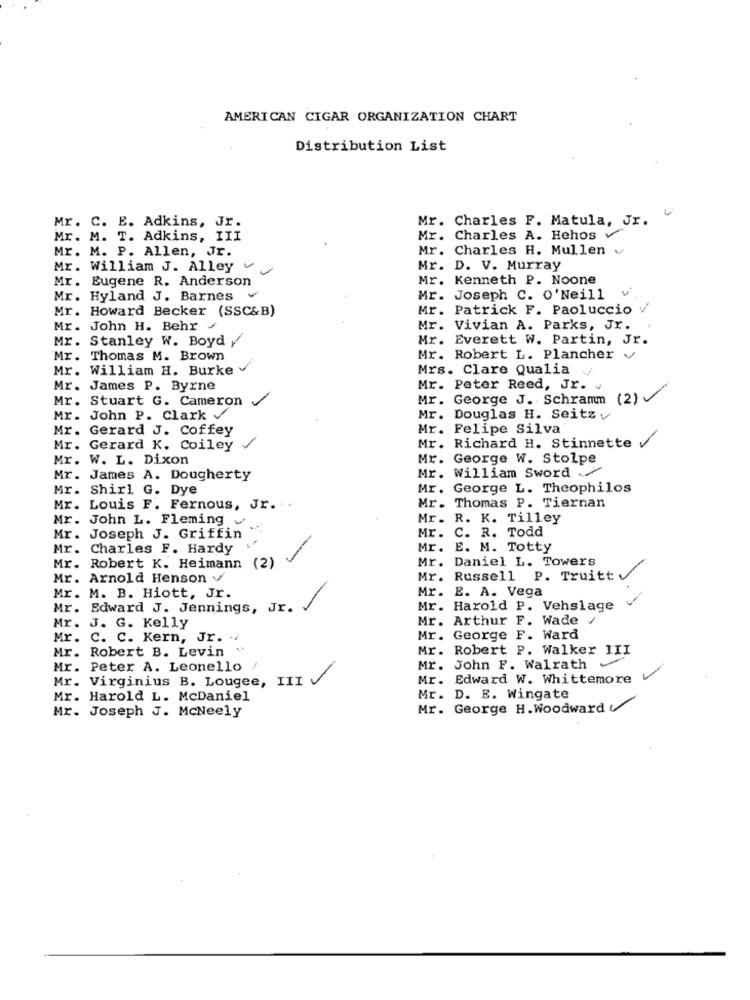
AMERICAN CIGAR ORGANIZATION CHART
Distribution List
Mr. Charles F. Matula, Jr.
Mr. C. E. Adkins, Jr.
Mr. M. T. Adkins, III
Mr. Charles A. Hehos
Mr. M. P. Allen, Jr.
Mr. Charles H. Mullen v
Mr. William J. Alley
Mr. D. V. Murray
Mr. Eugene R. Anderson
Mr. Kenneth P. Noone
Mr. Hyland J. Barnes
Mr. Joseph C. O'Neill
Mr. Howard Becker (SSC&B)
Mr. Patrick F. Paoluccio
Mr. John H. Behr /
Mr. Vivian A. Parks, Jr.
Mr. Stanley W. Boyd y
Mr. Everett W. Partin, Jr.
Mr. Thomas M. Brown
Mr. Robert L. Plancher v
Mr. William H. Burke
Mrs. Clare Qualia
Mr. James P. Byrne
Mr. Peter Reed, Jr. .
Mr. Stuart G. Cameron /
Mr.
George J. Schramm (2)
Mr. John P. Clark
Mr.
Douglas H. Seitzy
Mr. Gerard J. Coffey
Mr. Felipe Silva
Mr. Richard H. Stinnette
Mr. Gerard K. Coiley
Mr. W. L. Dixon
Mr. George W. Stolpe
Mr. William Sword
Mr. James A. Dougherty
Mr. Shirl G. Dye
Mr.
George L. Theophilos
Mr. Thomas P. Tiernan
Mr. Louis F. Fernous, Jr.
Mr. John L. Fleming
Mr .
R. K. Tilley
Mr.
C. R. Todd
Mr. Joseph J. Griffin
Mr. Charles F. Hardy
Mr.
E. M. Totty
Mr. Robert K. Heimann (2)
Mr. Daniel L. Towers
Mr. Arnold Henson v
Mr.
Russell P. Truitt v
Mr. M. B. Hiott, Jr.
Mr. E. A. Vega
Mr. Edward J. Jennings, Jr.
Mr. Harold P. Vehslage
Mr. J. G. Kelly
Mr. Arthur F. Wade /
Mr. C. C. Kern, Jr. . /
Mr.
George F. Ward
Mr. Robert B. Levin
Mr. Robert P. Walker III
Mr. Peter A. Leonello !
Mr.
John F. Walrath
Mr. Virginius B. Lougee, III
Mr.
Edward W. Whittemore
Mr. Harold L. McDaniel
Mr. D. E. Wingate
Mr. Joseph J. McNeely
Mr. George H. Woodward